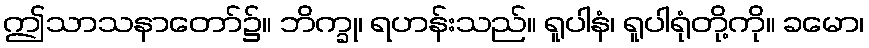
ဤသာသနာတော်၌။ ဘိက္ခု၊ ရဟန်းသည်။ ရူပါနံ၊ ရူပါရုံတို့ကို။ ခမော၊